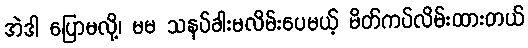
အဲဒါ ပြောမလို့၊ မမ သနပ်ခါးမလိမ်းပေမယ့် မိတ်ကပ်လိမ်းထားတယ်